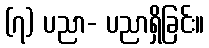
(၇) ပညာ- ပညာရှိခြင်း။